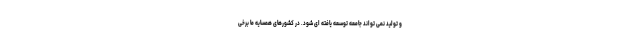
و تولید نمی تواند جامعه توسعه یافته ای شود. در کشورهای همسایه ما برخی